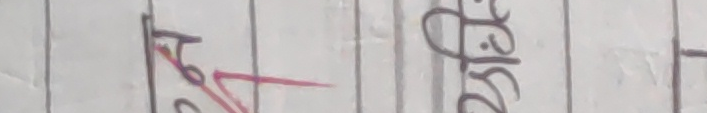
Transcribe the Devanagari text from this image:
टु डि ट